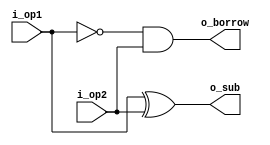
module half_sub (i_op1, i_op2, o_sub, o_borrow);

input i_op1, i_op2;
output o_sub;
output o_borrow;

wire i_op1_n;

xor (o_sub, i_op1, i_op2);
not (i_op1_n, i_op1);
and (o_borrow, i_op1_n, i_op2);

endmodule